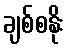
ချစ်စနိုး